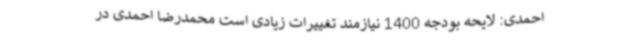
احمدی: لایحه بودجه 1400 نیازمند تغییرات زیادی است محمدرضا احمدی در